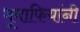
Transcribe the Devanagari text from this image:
भूमाफियांनी